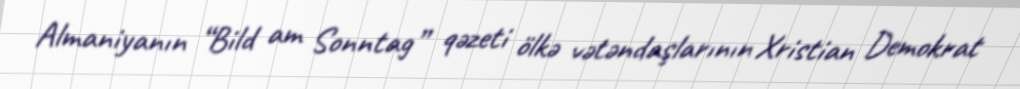
Almaniyanın “Bild am Sonntag” qəzeti ölkə vətəndaşlarının Xristian Demokrat